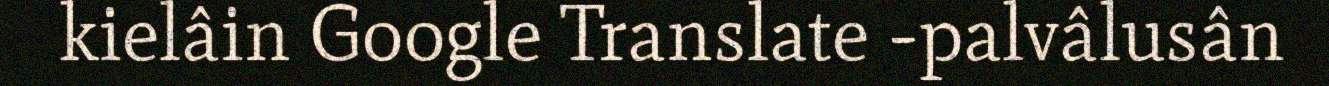
kielâin Google Translate -palvâlusân